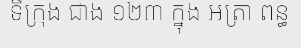
ទីក្រុង ជាង ១២៣ ក្នុង អត្រា ពន្ធ